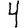
Digit: 4